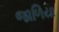
જાળિયા